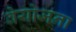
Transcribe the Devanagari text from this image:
वेयोजना